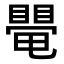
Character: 𥋁